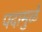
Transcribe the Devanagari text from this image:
पदामुळे